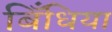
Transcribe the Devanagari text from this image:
बिँधिया